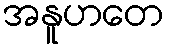
အနူဟတေ